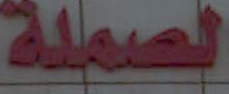
الصملة